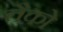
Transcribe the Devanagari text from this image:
तैको